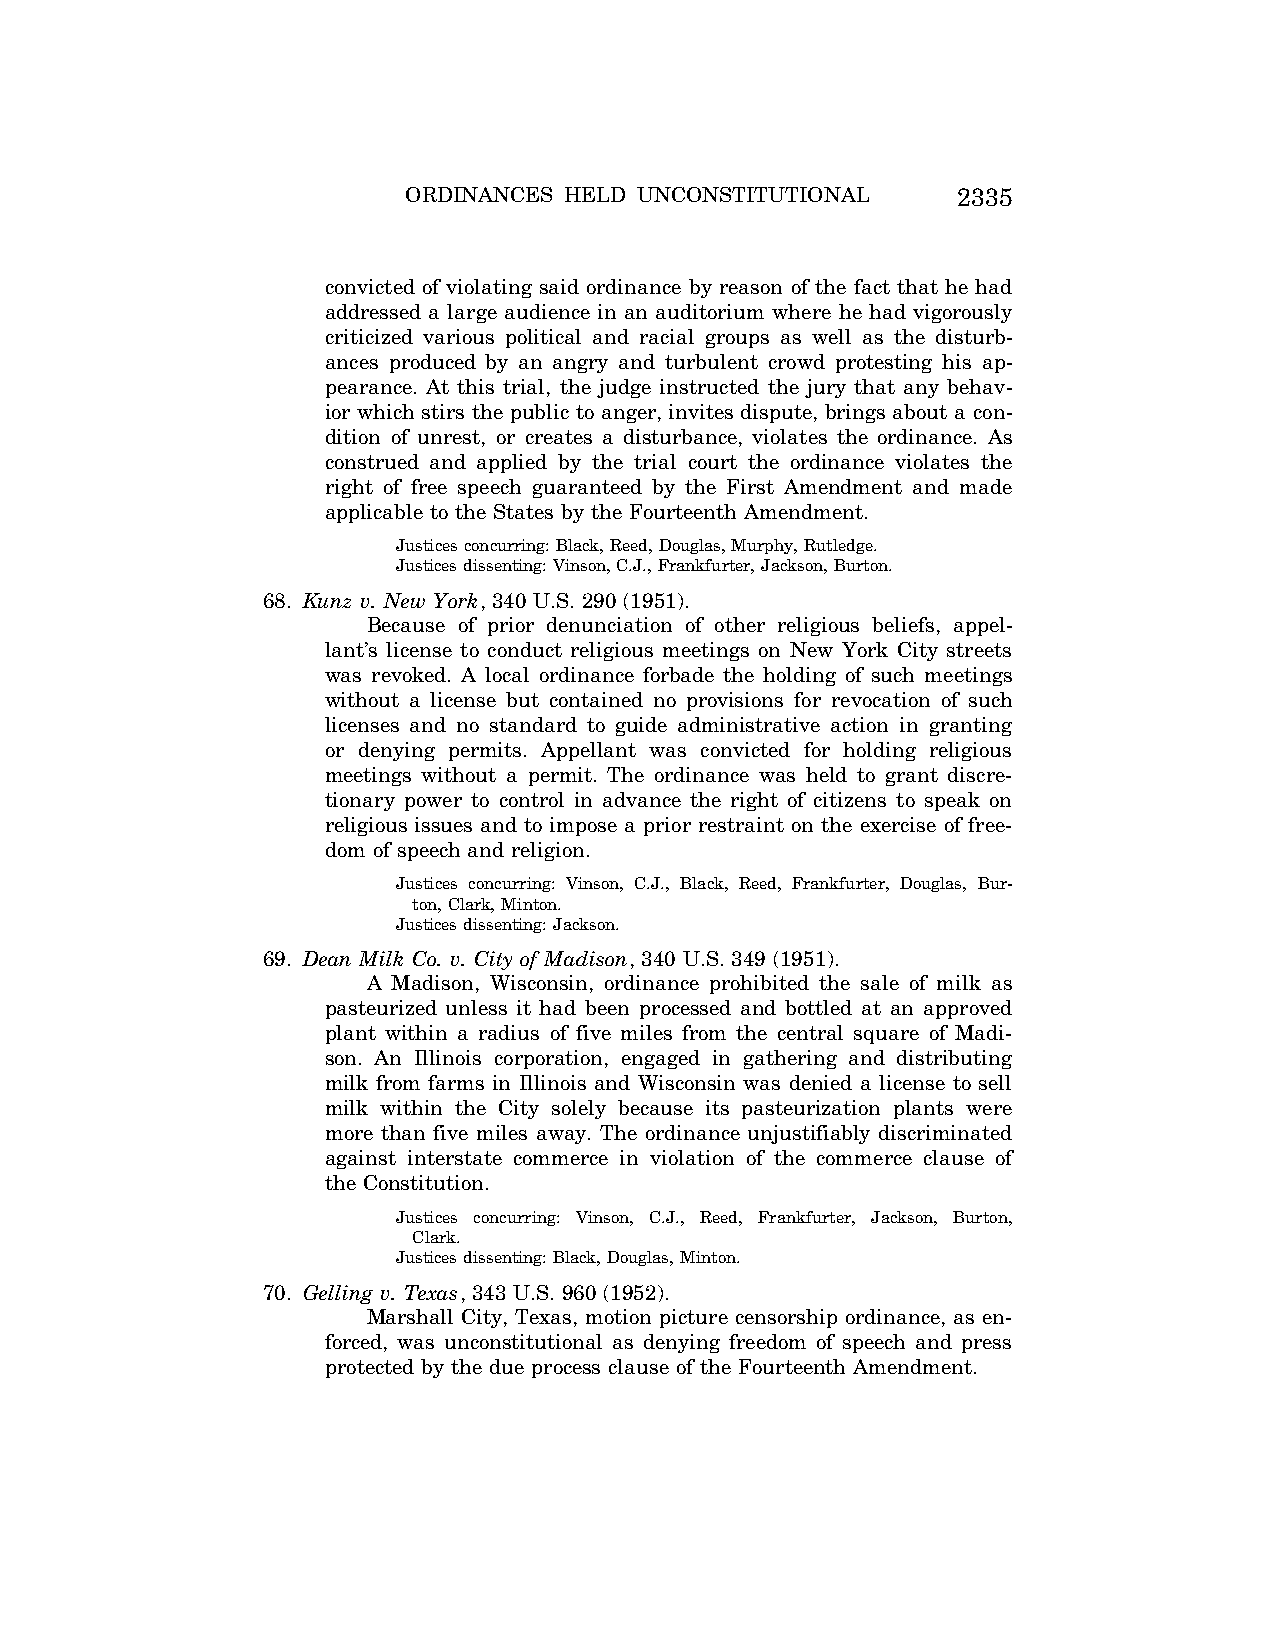
ORDINANCES HELD UNCONSTITUTIONAL    2335
 convicted of violating said ordinance by reason of the fact that he had
 addressed a large audience in an auditorium where he had vigorously
 criticized various political and racial groups as well as the disturb-
 ances produced by an angry and turbulent crowd protesting his ap-
 pearance. At this trial, the judge instructed the jury that any behav-
 ior which stirs the public to anger, invites dispute, brings about a con-
 dition of unrest, or creates a disturbance, violates the ordinance. As
 construed and applied by the trial court the ordinance violates the
 right of free speech guaranteed by the First Amendment and made
 applicable to the States by the Fourteenth Amendment.
 Justices concurring: Black, Reed, Douglas, Murphy, Rutledge.
 Justices dissenting: Vinson, C.J., Frankfurter, Jackson, Burton.
 68. Kunz v. New York, 340 U.S. 290 (1951).
 Because of prior denunciation of other religious beliefs, appel-
 lant’s license to conduct religious meetings on New York City streets
 was revoked. A local ordinance forbade the holding of such meetings
 without a license but contained no provisions for revocation of such
 licenses and no standard to guide administrative action in granting
 or denying permits. Appellant was convicted for holding religious
 meetings without a permit. The ordinance was held to grant discre-
 tionary power to control in advance the right of citizens to speak on
 religious issues and to impose a prior restraint on the exercise of free-
 dom of speech and religion.
 Justices concurring: Vinson, C.J., Black, Reed, Frankfurter, Douglas, Bur-
 ton, Clark, Minton.
 Justices dissenting: Jackson.
 69. Dean Milk Co. v. City of Madison, 340 U.S. 349 (1951).
 A Madison, Wisconsin, ordinance prohibited the sale of milk as
 pasteurized unless it had been processed and bottled at an approved
 plant within a radius of five miles from the central square of Madi-
 son. An Illinois corporation, engaged in gathering and distributing
 milk from farms in Illinois and Wisconsin was denied a license to sell
 milk within the City solely because its pasteurization plants were
 more than five miles away. The ordinance unjustifiably discriminated
 against interstate commerce in violation of the commerce clause of
 the Constitution.
 Justices concurring: Vinson, C.J., Reed, Frankfurter, Jackson, Burton,
 Clark.
 Justices dissenting: Black, Douglas, Minton.
 70. Gelling v. Texas, 343 U.S. 960 (1952).
 Marshall City, Texas, motion picture censorship ordinance, as en-
 forced, was unconstitutional as denying freedom of speech and press
 protected by the due process clause of the Fourteenth Amendment.
 VerDate Aug<04>2004 12:58 Aug 23, 2004 Jkt 077500 PO 00000 Frm 00012 Fmt 8222 Sfmt 8222 C:\CONAN\CON065.SGM PRFM99 PsN: CON065